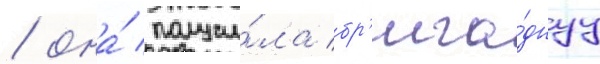
/ она́ получи́ла бр'ига́днуу